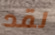
لقد